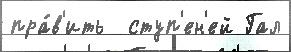
пра́в'ить  ступ'ен'ей Гал